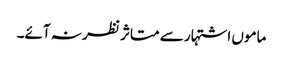
ماموں اشتہار سے متاثر نظر نہ آئے۔